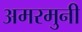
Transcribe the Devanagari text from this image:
अमरमुनी